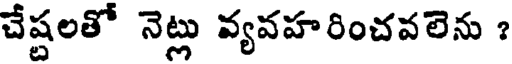
చేష్టలతో నెట్లు వ్యవహరించవలెను ?